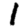
Digit: 1